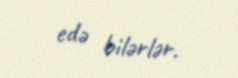
edə bilərlər.